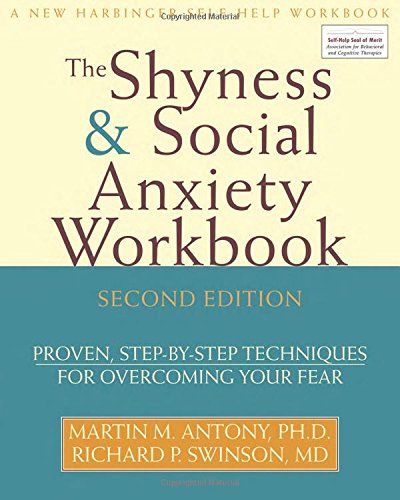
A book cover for Shyness and Social Anxiety Workbook: Proven, Step-by-Step Techniques for Overcoming your Fear; Martin M. Antony PhD; Health, Fitness & Dieting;